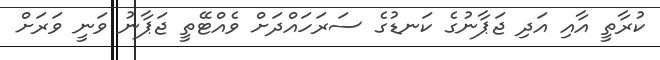
ކުރާތީ އާއި އަދި ޖަޕާނުގެ ކަނޑުގެ ސަރަހައްދަށް ވެއްޓޭތީ ޖަޕާނު ވަނީ ވަރަށް